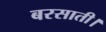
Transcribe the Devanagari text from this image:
बरसाती।